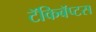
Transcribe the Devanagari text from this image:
टॅकिबॅप्टस